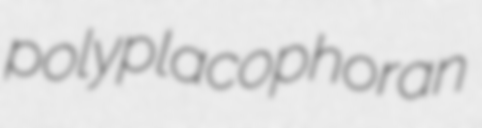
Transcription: polyplacophoran